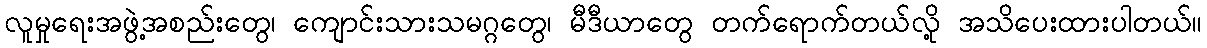
လူမှုရေးအဖွဲ့အစည်းတွေ၊ ကျောင်းသားသမဂ္ဂတွေ၊ မီဒီယာတွေ တက်ရောက်တယ်လို့ အသိပေးထားပါတယ်။